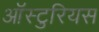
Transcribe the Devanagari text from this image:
ऑस्टुरियस